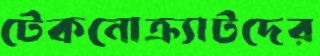
টেকনোক্র্যাটদের